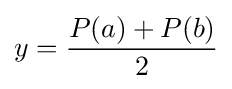
y={\frac {P(a)+P(b)}{2}}